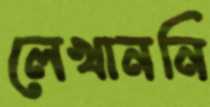
লেখাননি